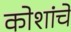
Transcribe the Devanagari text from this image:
कोशांचें